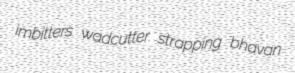
imbitters wadcutter strapping bhavan